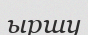
ыршу